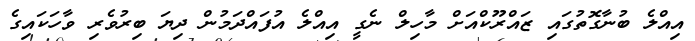
އިއްލެ ބުނާގޮތުގައި ޒައްރޫކްއަށް މާހިލް ނެގީ އިއްލެ އުފައްދަމުން ދިޔަ ބިރުވެރި ވާހަކައިގެ